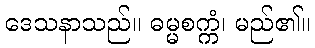
ဒေသနာသည်။ ဓမ္မစက္ကံ၊ မည်၏။